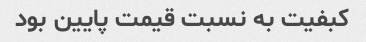
کبفیت به نسبت قیمت پایین بود